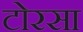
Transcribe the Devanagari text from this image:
टोरसा